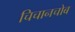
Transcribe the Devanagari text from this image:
चिचानचोब